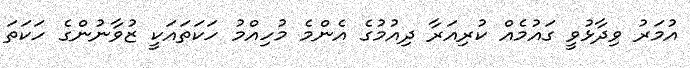
އުމަރު ވިދާޅުވީ ގައުމެއް ކުރިއަރާ ދިއުމުގެ އެންމެ މުހިއްމު ހަކަތައަކީ ޒުވާނުންގެ ހަކަތަ